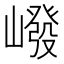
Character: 𪩕